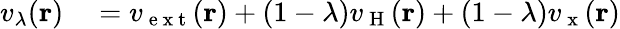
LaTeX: \begin{array}{rl}{v_{\lambda}(\mathbf{r})}&{{}=v_{\mathrm{~e~x~t~}}(\mathbf{r})+(1-\lambda)v_{\mathrm{~H~}}(\mathbf{r})+(1-\lambda)v_{\mathrm{~x~}}(\mathbf{r})}\end{array}